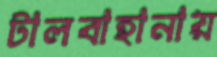
টালবাহানায়